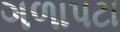
ગળાપટા